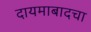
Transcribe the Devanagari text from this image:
दायमाबादचा